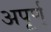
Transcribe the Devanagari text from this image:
अपूर्ण्